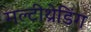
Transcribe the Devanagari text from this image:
मल्टीथ्रेडिंग